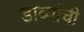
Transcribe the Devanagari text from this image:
डाव्यांची